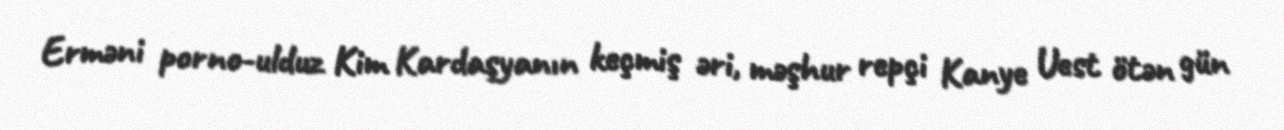
Erməni porno-ulduz Kim Kardaşyanın keçmiş əri, məşhur repçi Kanye Uest ötən gün